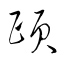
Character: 頣